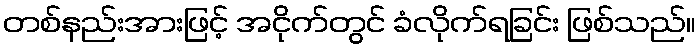
တစ်နည်းအားဖြင့် အငိုက်တွင် ခံလိုက်ရခြင်း ဖြစ်သည်။